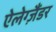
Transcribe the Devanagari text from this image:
ऐलेग्ज़ैंडर